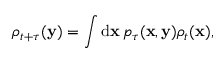
\rho _ { t + \tau } ( \mathbf { y } ) = \int \operatorname { d \mathbf { x } } p _ { \tau } ( \mathbf { x } , \mathbf { y } ) \rho _ { t } ( \mathbf { x } ) ,